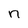
Character: n